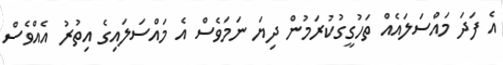
އެ ފަދަ މައްސަލައެއް ތަހުގީގުކުރަމުން ދިޔަ ނަމަވެސް އެ މައްސަލައިގެ އިތުރު އެއްވެސް